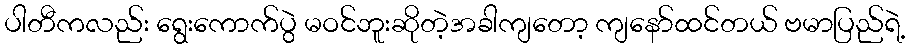
ပါတီကလည်း ရွေးကောက်ပွဲ မဝင်ဘူးဆိုတဲ့အခါကျတော့ ကျနော်ထင်တယ် ဗမာပြည်ရဲ့